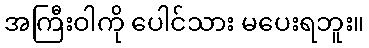
အကြီးဝါကို ပေါင်သား မပေးရဘူး။